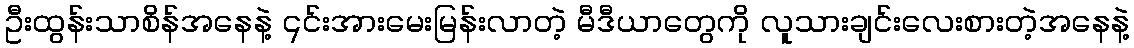
ဦးထွန်းသာစိန်အနေနဲ့ ၎င်းအားမေးမြန်းလာတဲ့ မီဒီယာတွေကို လူသားချင်းလေးစားတဲ့အနေနဲ့